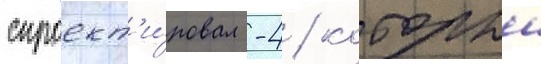
спроект'и́ровал -4 / которыи